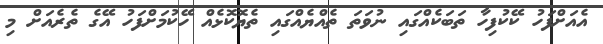
އެއަށްފަހު ކޭކުފިހާ ތަބަކެއްގައި ނުވަތަ ތެއްޔެއްގައި ތެޔޮކޮޅެއް ހޭކުމަށްފަހު އޭގެ ތެރެއަށް މި